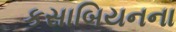
કસાબિયનના